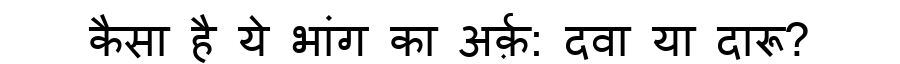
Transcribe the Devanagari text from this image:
कैसा है ये भांग का अर्क़: दवा या दारू?